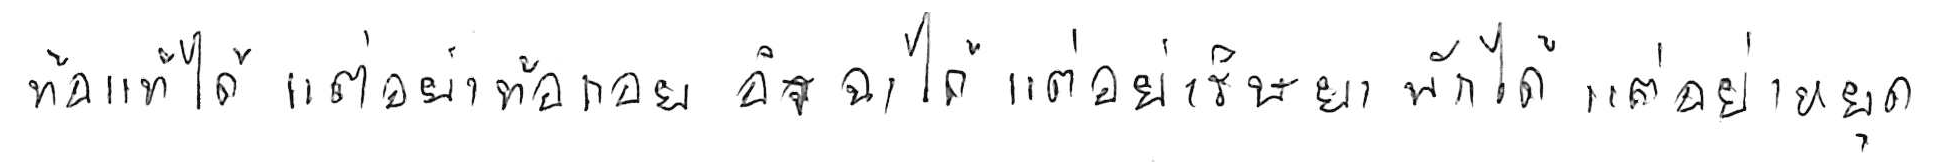
ท้อแท้ได้ แต่อย่าท้อถอย อิจฉาได้ แต่อย่าริษยา พักได้ แต่อย่าหยุด